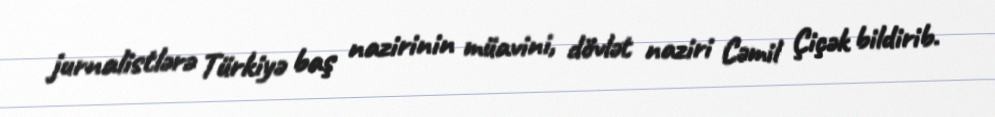
jurnalistlərə Türkiyə baş nazirinin müavini, dövlət naziri Cəmil Çiçək bildirib.